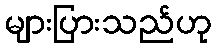
များပြားသည်ဟု